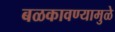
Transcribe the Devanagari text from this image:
बळकावण्यामुळे